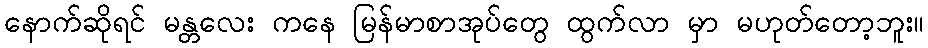
နောက်ဆိုရင် မန္တလေး ကနေ မြန်မာစာအုပ်တွေ ထွက်လာ မှာ မဟုတ်တော့ဘူး။